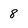
Character: 8